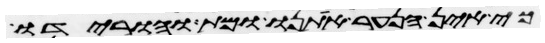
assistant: כי אין הנער אתנו ומת והורידו